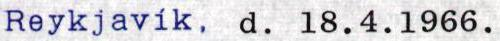
Reykjavík, d. 18.4.1966.